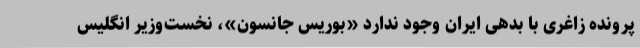
پرونده زاغری با بدهی ایران وجود ندارد «بوریس جانسون»، نخست‌وزیر انگلیس